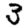
Digit: 3